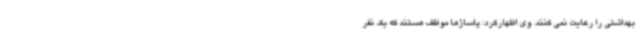
بهداشتی را رعایت نمی کنند. وی اظهارکرد: پاساژها موظف هستند که یک نفر